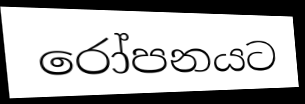
රෝපනයට